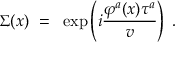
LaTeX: \Sigma ( x ) ~ = ~ \exp \left( i \frac { \varphi ^ { a } ( x ) \tau ^ { a } } { v } \right) \; .